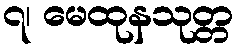
၇၊ မေထုနသုတ္တ